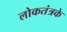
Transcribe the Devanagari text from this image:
लोकतंत्रके